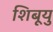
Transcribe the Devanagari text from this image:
शिबूयु